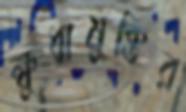
ক্ষুধামুক্তির